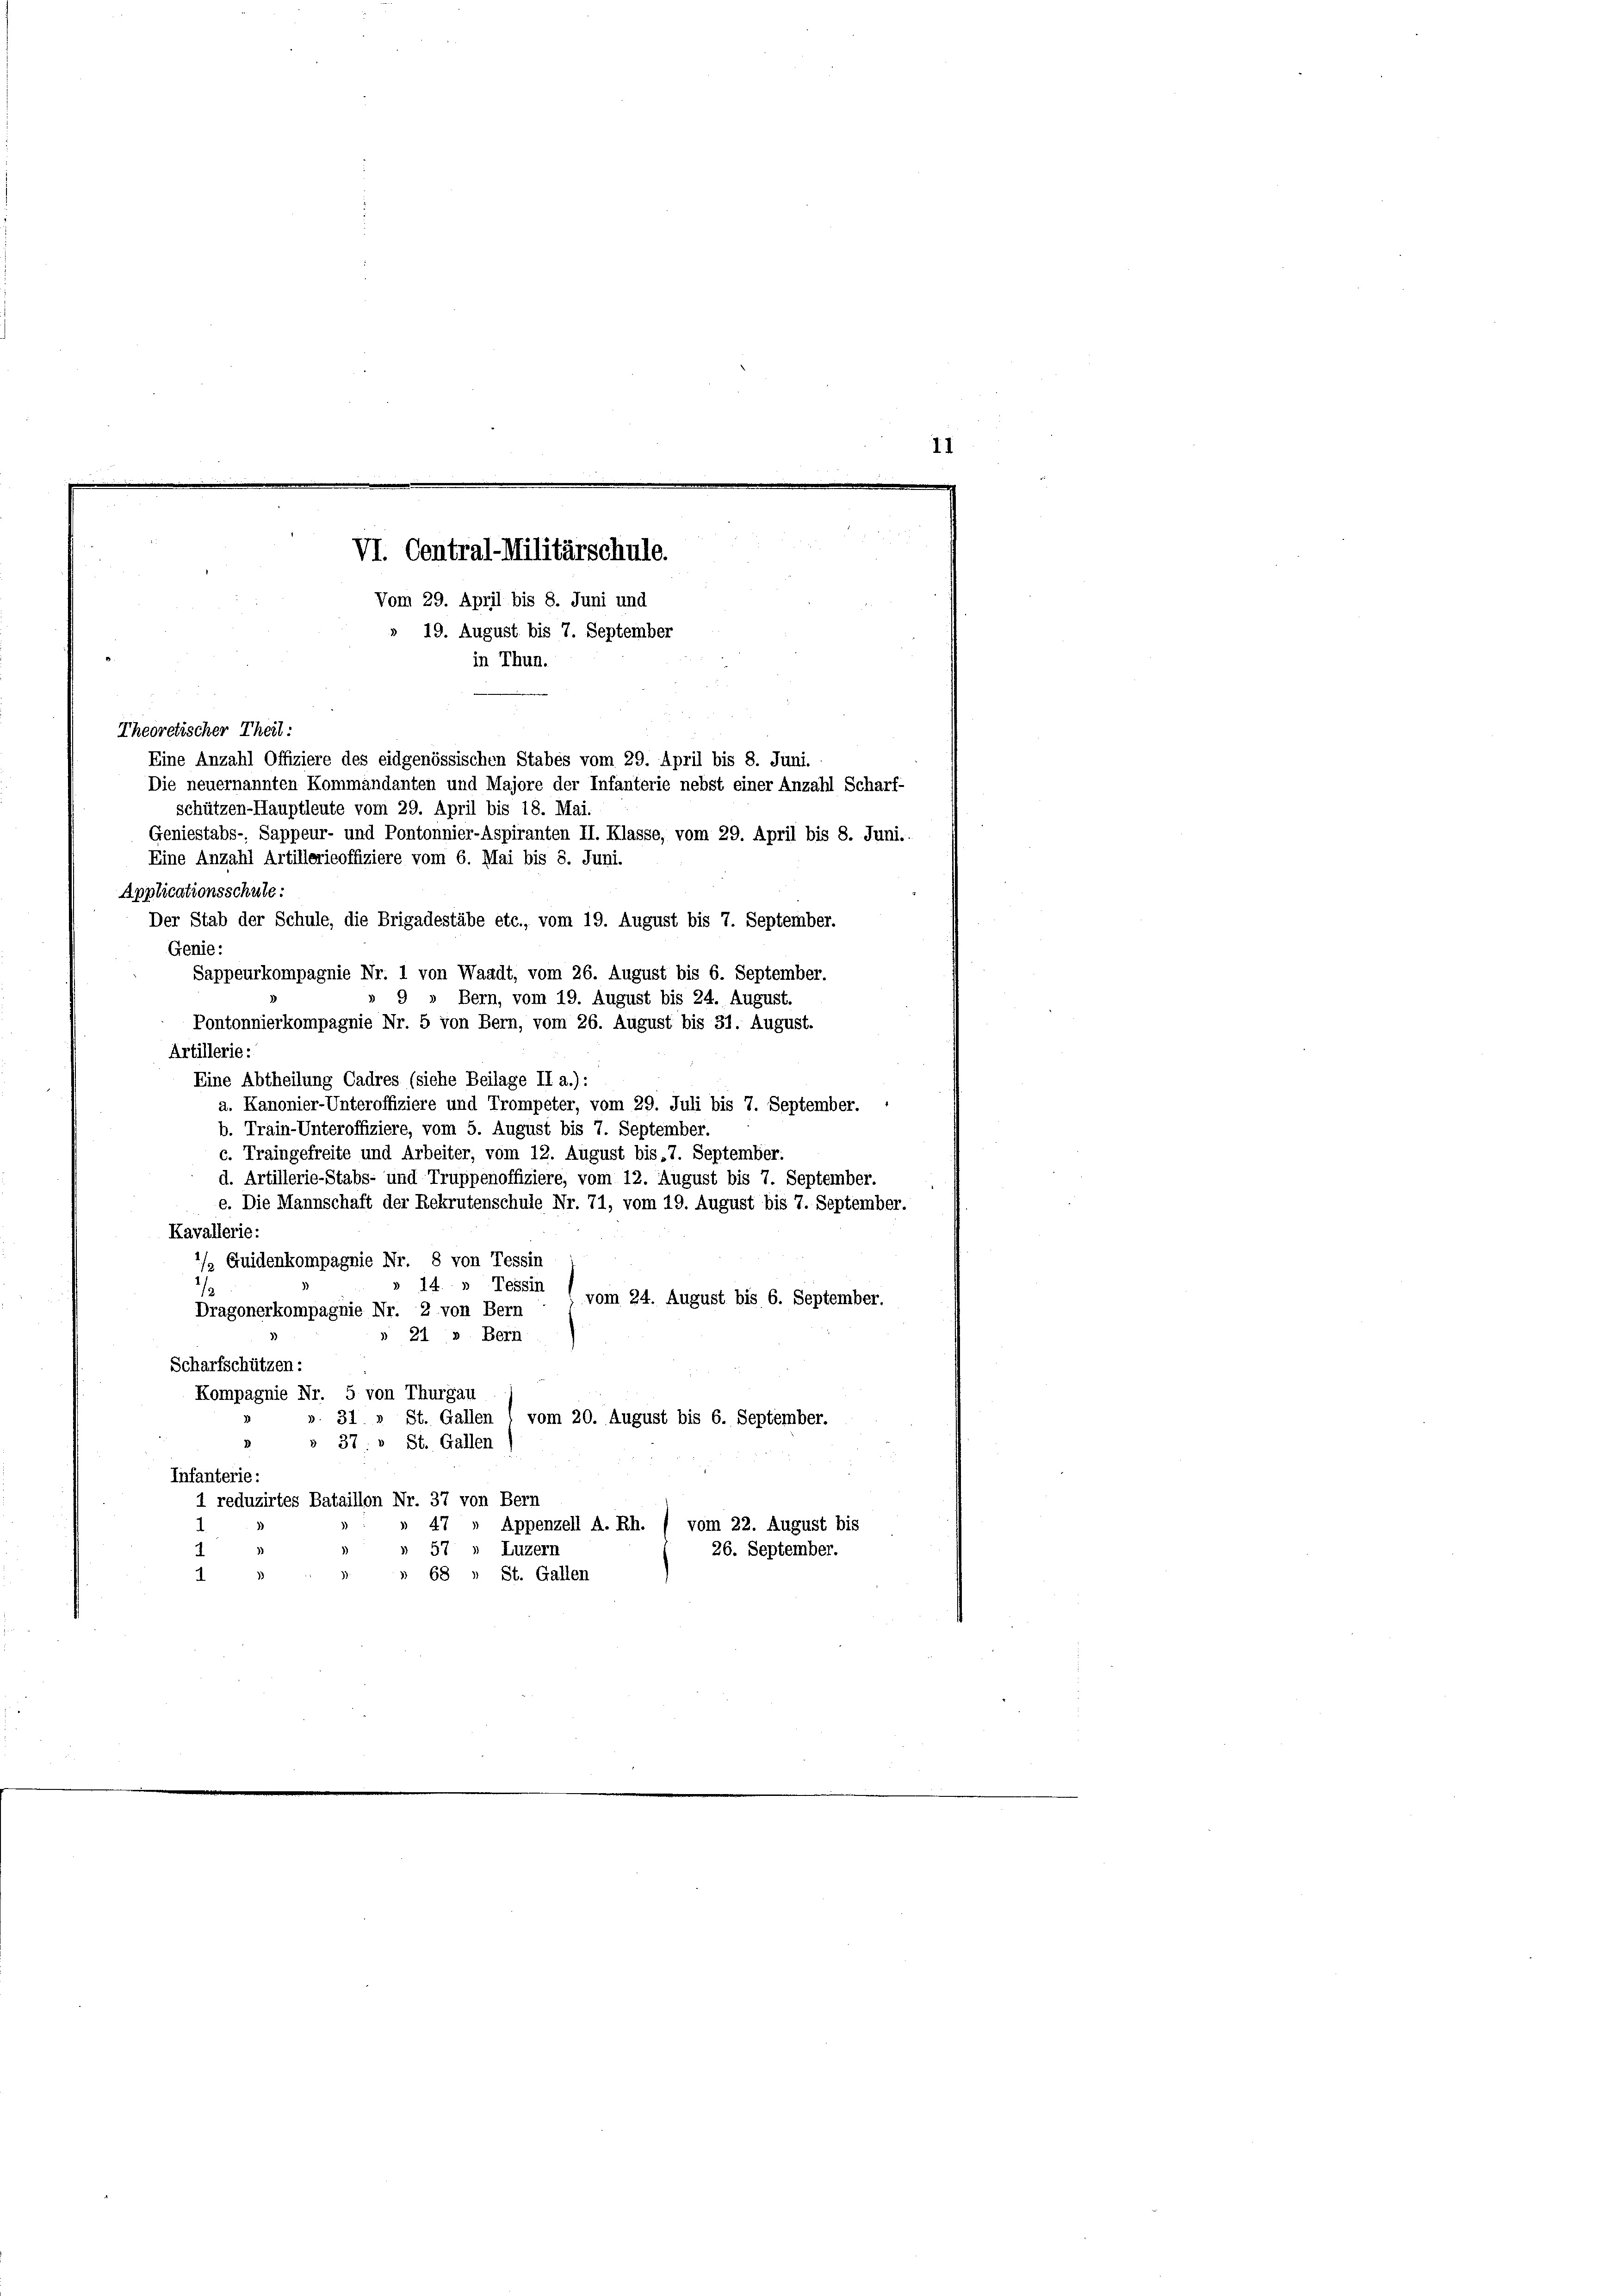
schützen-Hauptleute vom 29. April bis 18. Mai.
Geniestabs-, Sappeur- und Pontonnier-Aspiranten II. Klasse, vom 29. April bis 8. Juni..
Eine Anzahl Artillerieoffiziere vom 6. Mai bis 8. Juni.
Applicationsschule:
Der Stab der Schule, die Brigadestäbe etc., vom 19. August bis 7. September.
Genie:
Sappeurkompagnie Nr. 1 von Waadt, vom 26. August bis 6. September.
» Bern, vom 19. August bis 24. August.
Pontonnierkompagnie Nr. 5 von Bern, vom 26. August bis 31. August.
Artillerie:
Eine Abtheilung Cadres (siehe Beilage II a.):
a. Kanonier-Unteroffiziere und Trompeter, vom 29. Juli bis 7. September.
b. Train-Unteroffiziere, vom 5. August bis 7. September.
c. Traingefreite und Arbeiter, vom 12. August bis 7. September.
d. Artillerie-Stabs- und Truppenoffiziere, vom 12. August bis 7. September.
e. Die Mannschaft der Rekrutenschule Nr. 71, vom 19. August bis 7. September.
Kavallerie:
/ Guidenkompagnie Nr. 8 von Tessin
14. Tessin
vom 24. August bis 6. September.
Dragonerkompagnie Nr. 2. von Bern
21: ». Bern
Scharfschützen:
Kompagnie Nr. 5 von Thurgau
». 31 » St. Gallen I vom 20. August bis 6. September.
» 37: » St. Gallen
Infanterie:
1 reduzirtes Bataillon Nr. 37 von Bern
47
Appenzell A. Rh. / vom 22. August bis
57
Luzern
26. September.
» 68 » St. Gallen
13

VI. Central-Militärschule.
Vom 29. April bis 8. Juni und
19. August bis 7. September
in Thun.
Theoretischer Theil:
Eine Anzahl Offiziere des eidgenössischen Stabes vom 29. April bis 8. Juni.
Die neuernannten Kommandanten und Majore der Infanterie nebst einer Anzahl Scharf-

II